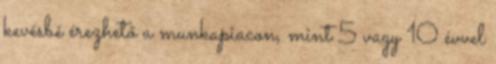
kevésbé érezhető a munkapiacon, mint 5 vagy 10 évvel